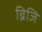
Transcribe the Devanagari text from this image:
ब्रिजि